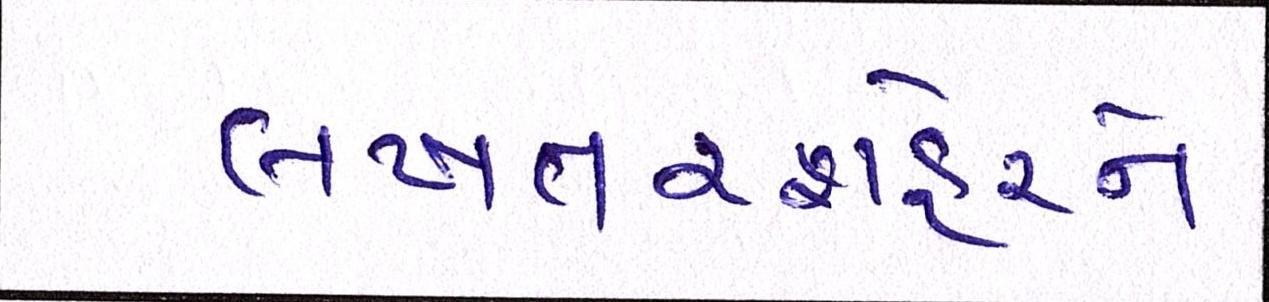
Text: લખતરશહેરને